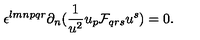
\epsilon ^ { l m n p q r } \partial _ { n } ( { \frac { 1 } { u ^ { 2 } } } u _ { p } { \cal F } _ { q r s } u ^ { s } ) = 0 .